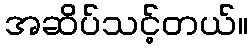
အဆိပ်သင့်တယ်။